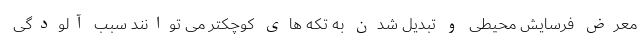
معرض فرسایش محیطی و تبدیل شدن به تکه های کوچکتر می توانند سبب آلودگی